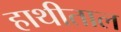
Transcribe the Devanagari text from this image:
हाथीताल